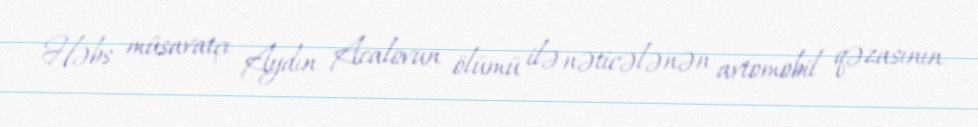
Həbs müsavatçı Aydın Acalovun ölümü ilə nəticələnən avtomobil qəzasının